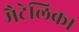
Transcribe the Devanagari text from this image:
मैटेलिका